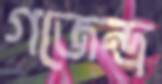
গজেন্দ্র